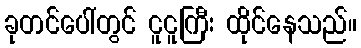
ခုတင်ပေါ်တွင် ငူငူကြီး ထိုင်နေသည်။